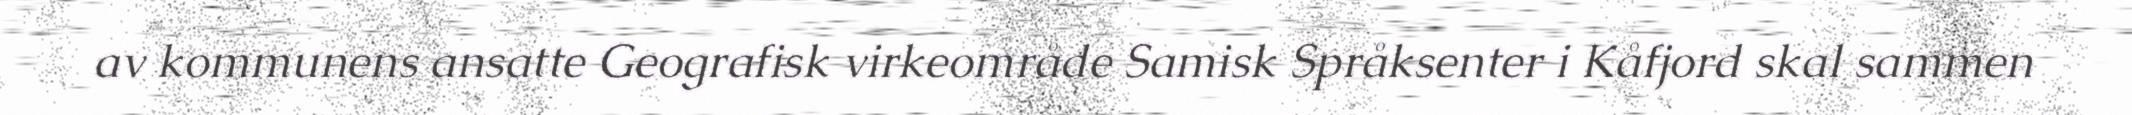
av kommunens ansatte Geografisk virkeområde Samisk Språksenter i Kåfjord skal sammen